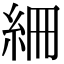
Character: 𥿑